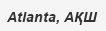
Atlanta, АҚШ